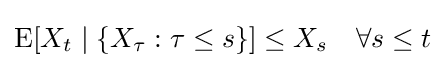
\operatorname {E} [X_{t}\mid \{X_{\tau }:\tau \leq s\}]\leq X_{s}\quad \forall s\leq t